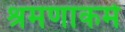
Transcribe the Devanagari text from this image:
श्रमणाकर्म